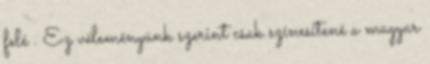
felé . Ez véleményünk szerint csak színesítené a magyar